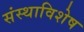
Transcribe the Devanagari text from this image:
संस्थाविशेष